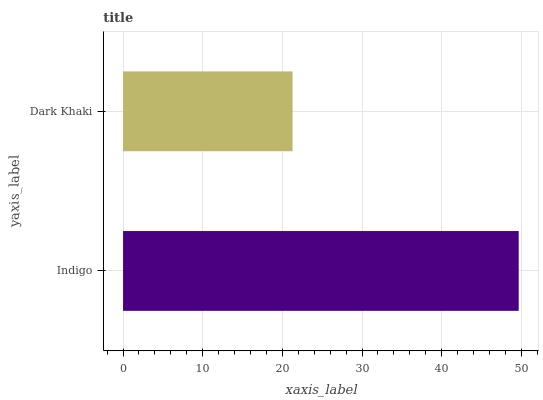
| yaxis_label | bars |
 | --- | --- |
 | Indigo | 49.7 |
 | Dark Khaki | 21.3 |